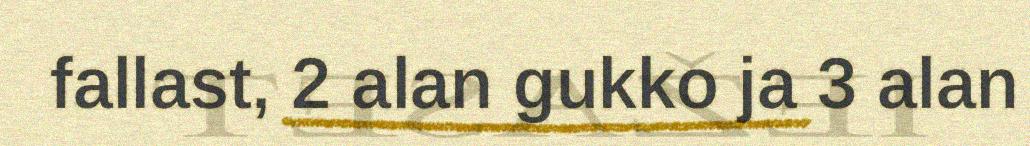
fallast, 2 alan gukko ja 3 alan